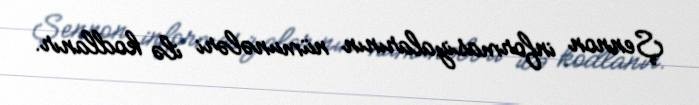
Şennon informasiyalarının nümunələri ilə kodlanır.